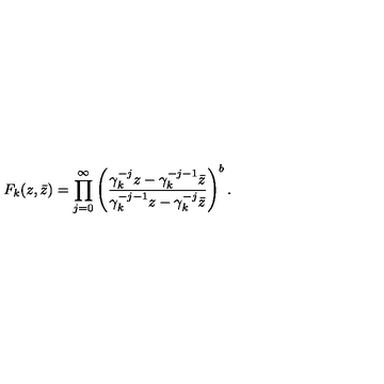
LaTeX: F _ { k } ( z , \bar { z } ) = \prod _ { j = 0 } ^ { \infty } \left( { \frac { \gamma _ { k } ^ { - j } z - \gamma _ { k } ^ { - j - 1 } \bar { z } } { \gamma _ { k } ^ { - j - 1 } z - \gamma _ { k } ^ { - j } \bar { z } } } \right) ^ { b } .